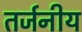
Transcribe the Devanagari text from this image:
तर्जनीय